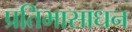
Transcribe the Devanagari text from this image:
प्रतिभासाधन